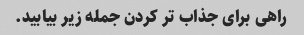
راهی برای جذاب تر کردن جمله زیر بیابید.